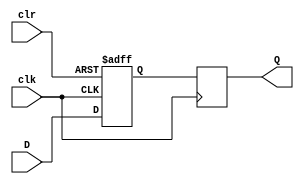
module async_clear_d_ff (
  input wire D,
  input wire clk,
  input wire clr,
  output reg Q
);

reg Q_temp;

always @(posedge clk or posedge clr) begin
  if (clr) begin
    Q_temp <= 1'b0;
  end else begin
    Q_temp <= D;
  end
end

always @(posedge clk) begin
  Q <= Q_temp;
end

endmodule